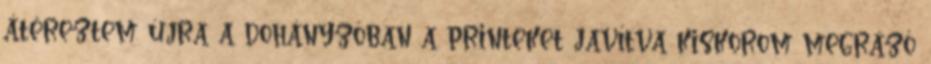
átéreztem újra a dohányzóban a printeket javítva kiskorom megrázó